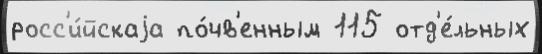
росс'и́йскаjа по́чв'енным 115 отд'е́льных